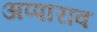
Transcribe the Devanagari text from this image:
अप्पाराव